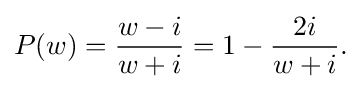
\displaystyle {P(w)={w-i \over w+i}=1-{2i \over w+i}.}